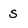
Character: s